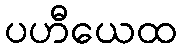
ပဟီယေထ